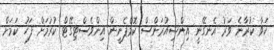
ކަވާ ކުރާނެ ވަރު އެނގޭނީ އިންޝިއުރަންސް ކޮމްޕެނީން އިންވެސްޓިގޭޓް ކުރުމަށް ފަހު ކަމަށް